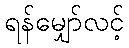
ရန်မျှော်လင့်